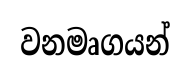
වනමෘගයන්